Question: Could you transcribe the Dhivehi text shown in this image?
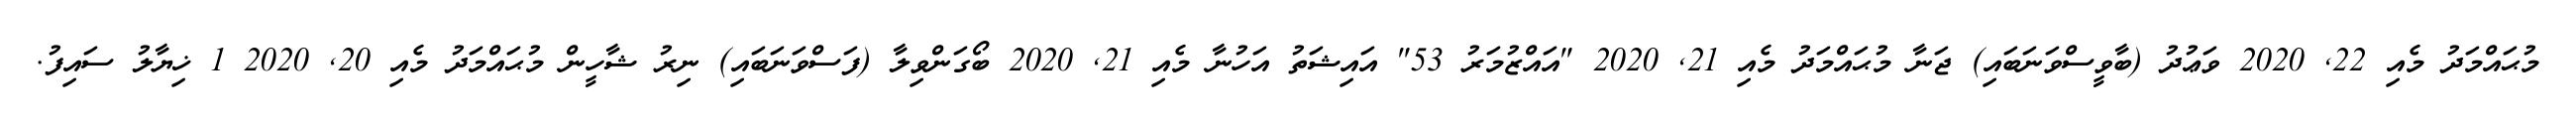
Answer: މުޙައްމަދު މެއި 22, 2020 ވަޢުދު (ބާވީސްވަނަބައި) ޖަނާ މުޙައްމަދު މެއި 21, 2020 "އައްޒުމަރު 53" އައިޝަތު އަހުނާ މެއި 21, 2020 ބޯގަންވިލާ (ފަސްވަނަބައި) ނިރު ޝާހީން މުޙައްމަދު މެއި 20, 2020 1 ޚިޔާލު ސައިފު.